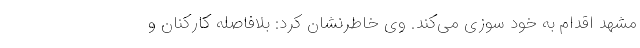
مشهد اقدام به خود سوزی می‌کند. وی خاطرنشان کرد: بلافاصله کارکنان و